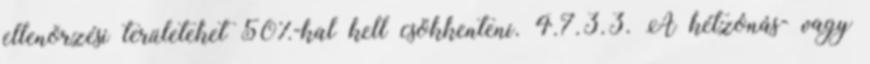
ellenõrzési területeket 50%-kal kell csökkenteni. 4.7.3.3. A kétzónás- vagy